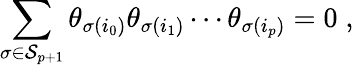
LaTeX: \sum_{\sigma\in\mathcal{S}_{p+1}}\theta_{\sigma(i_{0})}\theta_{\sigma(i_{1})}\cdots\theta_{\sigma(i_{p})}=0\; ,